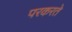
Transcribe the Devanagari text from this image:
परकरते